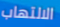
الالتهاب